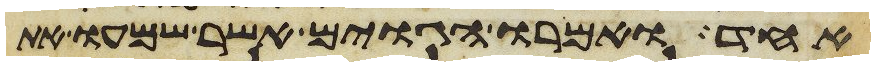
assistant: אחד ואמרו הגוים אשר שמעו את